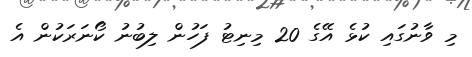
މި ވާނުގައި ކުޅެ އޭގެ 20 މިނިޓު ފަހުން ލިބުނު ކޯނަރަކުން އެ